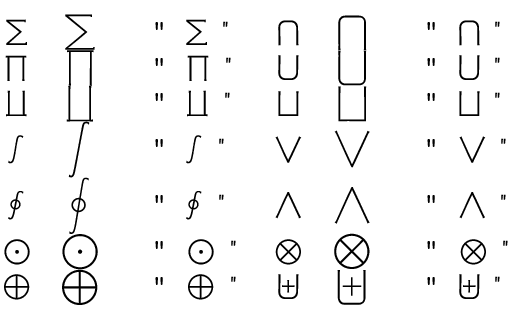
\begin{array} { c c l c c l } { \sum } & { \displaystyle \sum } & { \mathrm { ~ \verb ~ " ~ \sum ~ " ~ } } & { \bigcap } & { \displaystyle \bigcap } & { \mathrm { ~ \verb ~ " ~ \bigcap ~ " ~ } } \\ { \prod } & { \displaystyle \prod } & { \mathrm { ~ \verb ~ " ~ \prod ~ " ~ } } & { \bigcup } & { \displaystyle \bigcup } & { \mathrm { ~ \verb ~ " ~ \bigcup ~ " ~ } } \\ { \coprod } & { \displaystyle \coprod } & { \mathrm { ~ \verb ~ " ~ \coprod ~ " ~ } } & { \bigsqcup } & { \displaystyle \bigsqcup } & { \mathrm { ~ \verb ~ " ~ \bigsqcup ~ " ~ } } \\ { \int } & { \displaystyle \int } & { \mathrm { ~ \verb ~ " ~ \int ~ " ~ } } & { \bigvee } & { \displaystyle \bigvee } & { \mathrm { ~ \verb ~ " ~ \bigvee ~ " ~ } } \\ { \oint } & { \displaystyle \oint } & { \mathrm { ~ \verb ~ " ~ \oint ~ " ~ } } & { \bigwedge } & { \displaystyle \bigwedge } & { \mathrm { ~ \verb ~ " ~ \bigwedge ~ " ~ } } \\ { \bigodot } & { \displaystyle \bigodot } & { \mathrm { ~ \verb ~ " ~ \bigodot ~ " ~ } } & { \bigotimes } & { \displaystyle \bigotimes } & { \mathrm { ~ \verb ~ " ~ \bigotimes ~ " ~ } } \\ { \bigoplus } & { \displaystyle \bigoplus } & { \mathrm { ~ \verb ~ " ~ \bigoplus ~ " ~ } } & { \biguplus } & { \displaystyle \biguplus } & { \mathrm { ~ \verb ~ " ~ \biguplus ~ " ~ } } \end{array}